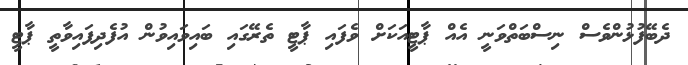
ދެބޭފުޅުންވެސް ނިސްބަތްވަނީ އެއް ޕާޓީއަކަށް ވެފައި ޕާޓީ ތެރޭގައި ބައިވައިވުން އުފެދިފައިވާތީ ޕާޓީ